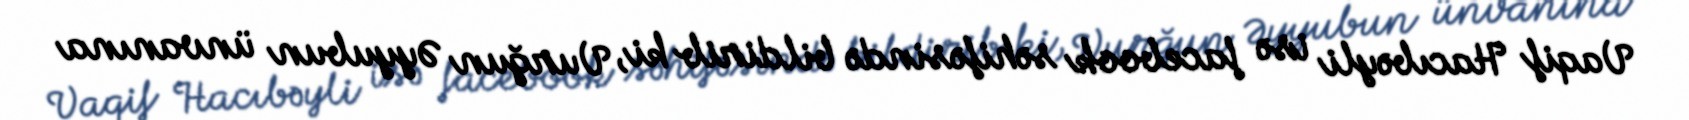
Vaqif Hacıbəyli isə facebook səhifəsində bildirib ki, Vurğun Əyyubun ünvanına